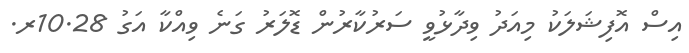
އިސް އޮފިޝަލަކު މިއަދު ވިދާޅުވީ ސަރުކާރުން ޑޮލަރު ގަނެ ވިއްކާ އަގު 10.28ރ.